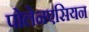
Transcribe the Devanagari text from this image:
पोलेनएसियन